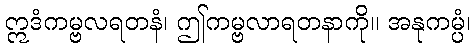
ဣဒံကမ္ဗလရတနံ၊ ဤကမ္ဗလာရတနာကို။ အနုကမ္ပံ၊